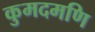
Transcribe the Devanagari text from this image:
कुमदमणि